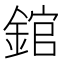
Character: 錧